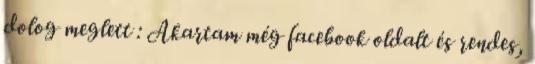
dolog meglett : Akartam még facebook oldalt és rendes,